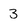
Character: 3